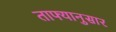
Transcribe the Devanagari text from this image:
ताफ्यानुसार